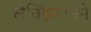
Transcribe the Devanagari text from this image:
लेक्झिंग्टनने